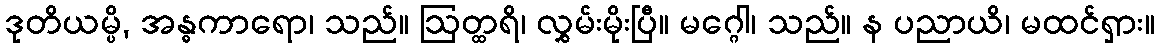
ဒုတိယမ္ပိ, အန္ဓကာရော၊ သည်။ ဩတ္ထရိ၊ လွှမ်းမိုးပြီ။ မဂ္ဂေါ၊ သည်။ န ပညာယိ၊ မထင်ရှား။